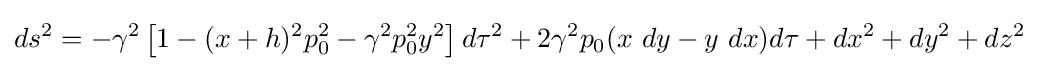
ds^{2}=-\gamma ^{2}\left[1-(x+h)^{2}p_{0}^{2}-\gamma ^{2}p_{0}^{2}y^{2}\right]d\tau ^{2}+2\gamma ^{2}p_{0}(x\ dy-y\ dx)d\tau +dx^{2}+dy^{2}+dz^{2}